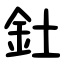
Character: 釷